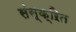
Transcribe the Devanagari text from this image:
संस्क्ऱित